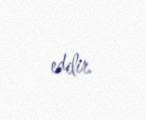
edilir.